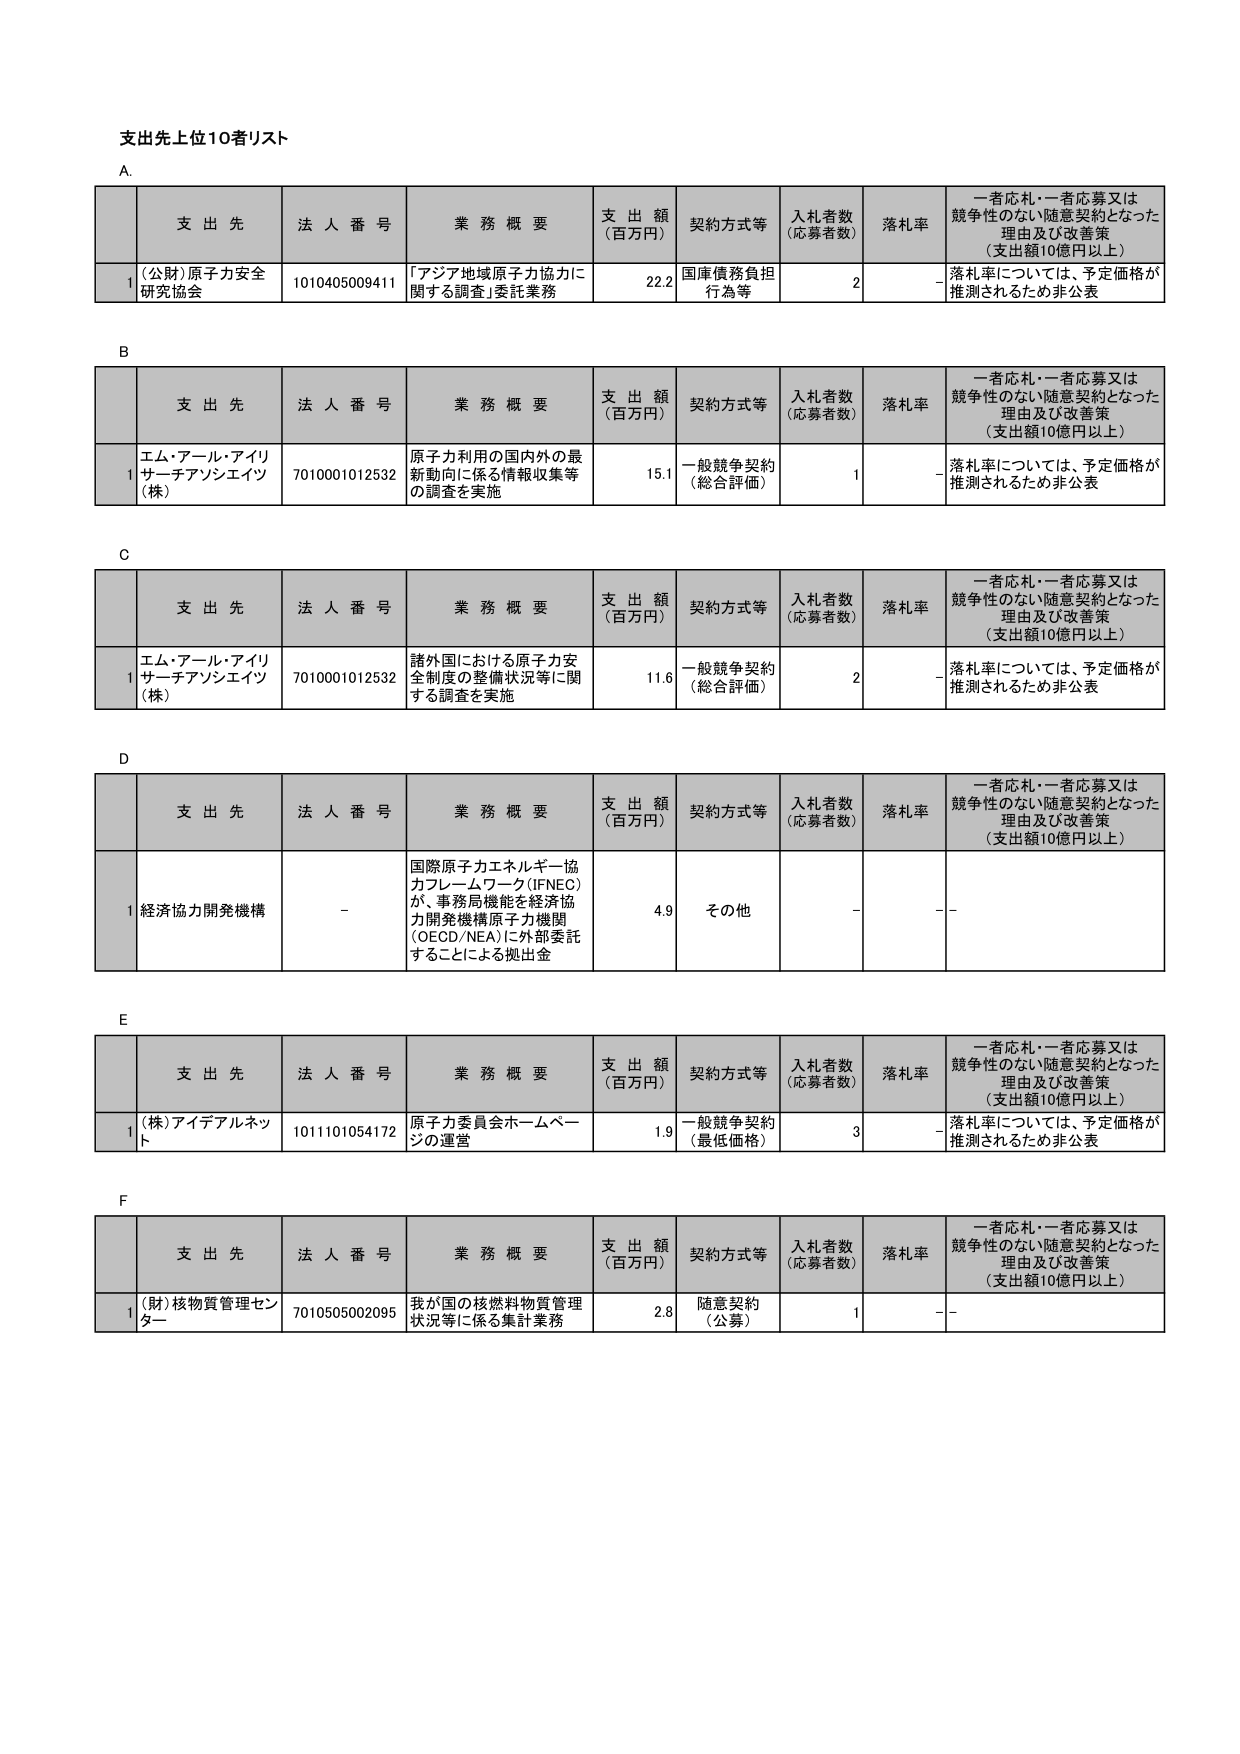
支出先上位10者リスト

A.
支 出 先 法 人 番 号 業 務 概 要 支 出 額 （百万円） 契約方式等 入札者数 （応募者数） 落札率 一者応札・一者応募又は競争性のない随意契約となった理由及び改善策 （支出額10億円以上）
1 (公財)原子力安全研究協会 1010405009411 「アジア地域原子力協力に関する調査」委託業務 22.2 国庫債務負担行為等 2 - 落札率については、予定価格が推測されるため非公表

B.
支 出 先 法 人 番 号 業 務 概 要 支 出 額 （百万円） 契約方式等 入札者数 （応募者数） 落札率 一者応札・一者応募又は競争性のない随意契約となった理由及び改善策 （支出額10億円以上）
1 エム・アール・アイリサーチアソシエイツ（株） 7010001012532 原子力利用の国内外の最新動向に係る情報収集等の調査を実施 15.1 一般競争契約（総合評価） 1 - 落札率については、予定価格が推測されるため非公表

C.
支 出 先 法 人 番 号 業 務 概 要 支 出 額 （百万円） 契約方式等 入札者数 （応募者数） 落札率 一者応札・一者応募又は競争性のない随意契約となった理由及び改善策 （支出額10億円以上）
1 エム・アール・アイリサーチアソシエイツ（株） 7010001012532 諸外国における原子力安全制度の整備状況等に関する調査を実施 11.6 一般競争契約（総合評価） 2 - 落札率については、予定価格が推測されるため非公表

D.
支 出 先 法 人 番 号 業 務 概 要 支 出 額 （百万円） 契約方式等 入札者数 （応募者数） 落札率 一者応札・一者応募又は競争性のない随意契約となった理由及び改善策 （支出額10億円以上）
1 経済協力開発機構 - 国際原子力エネルギー協力フレームワーク（IFNEC）が、事務局機能を経済協力開発機構原子力機関（OECD/NEA）に外部委託することによる拠出金 4.9 その他 - - -

E.
支 出 先 法 人 番 号 業 務 概 要 支 出 額 （百万円） 契約方式等 入札者数 （応募者数） 落札率 一者応札・一者応募又は競争性のない随意契約となった理由及び改善策 （支出額10億円以上）
1 (株)アイデアルネット 1011101054172 原子力委員会ホームページの運営 1.9 一般競争契約（最低価格） 3 - 落札率については、予定価格が推測されるため非公表

F.
支 出 先 法 人 番 号 業 務 概 要 支 出 額 （百万円） 契約方式等 入札者数 （応募者数） 落札率 一者応札・一者応募又は競争性のない随意契約となった理由及び改善策 （支出額10億円以上）
1 (財)核物質管理センター 7010505002095 我が国の核燃料物質管理状況等に係る集計業務 2.8 随意契約（公募） 1 - -